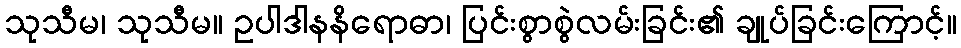
သုသီမ၊ သုသီမ။ ဥပါဒါနနိရောဓာ၊ ပြင်းစွာစွဲလမ်းခြင်း၏ ချုပ်ခြင်းကြောင့်။